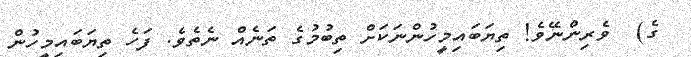
ގެ)  ވެރިންނޭވެ! ތިޔަބައިމީހުންނަކަށް ތިބުމުގެ ތަނެއް ނެތެވެ. ފަހެ ތިޔަބައިމީހުން